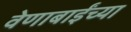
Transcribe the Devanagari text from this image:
वेणाबाईंच्या